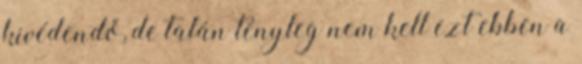
kivédendő, de talán tényleg nem kell ezt ebben a